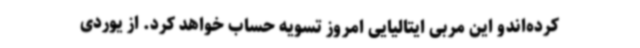
کرده‌اندو این مربی ایتالیایی امروز تسویه حساب خواهد کرد. از یوردی